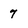
Character: 7